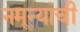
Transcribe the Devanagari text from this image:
नमून्यांची